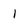
Character: l